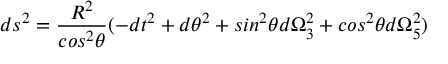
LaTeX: d s ^ { 2 } = \frac { R ^ { 2 } } { c o s ^ { 2 } \theta } ( - d t ^ { 2 } + d \theta ^ { 2 } + s i n ^ { 2 } \theta d \Omega _ { 3 } ^ { 2 } + c o s ^ { 2 } \theta d \Omega _ { 5 } ^ { 2 } )